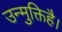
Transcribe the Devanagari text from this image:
उन्मुक्तिहै।